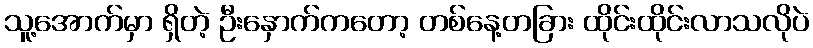
သူ့အောက်မှာ ရှိတဲ့ ဦးနှောက်ကတော့ တစ်နေ့တခြား ထိုင်းထိုင်းလာသလိုပဲ